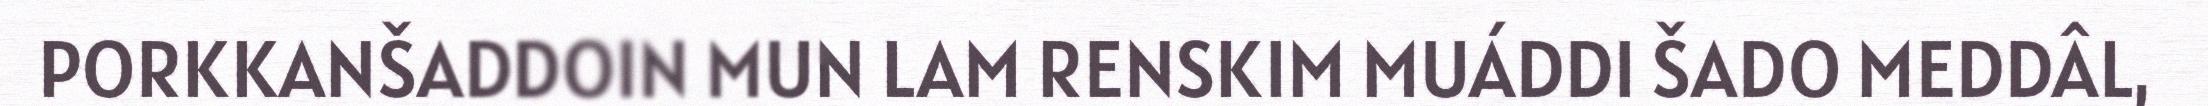
PORKKANŠADDOIN MUN LAM RENSKIM MUÁDDI ŠADO MEDDÂL,